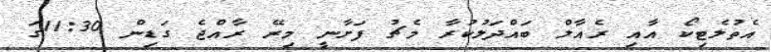
އެތުލެޓިކޯ އާއި ރެއާލް ބައްދަލުކުރާ މެޗު ފަށާނީ މިރޭ ރާއްޖެ ގަޑިން 11:30ގަ